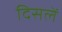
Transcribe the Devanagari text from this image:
दिसलें